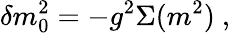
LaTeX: \delta m_{0}^{2}=-g^{2}\Sigma(m^{2})\ ,